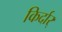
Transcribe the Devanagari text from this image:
किर्दार्